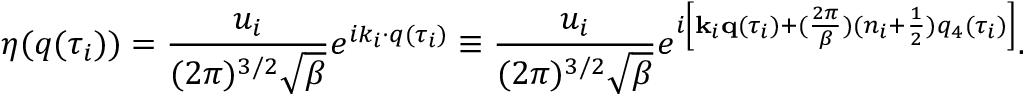
\eta ( q ( \tau _ { i } ) ) = \frac { u _ { i } } { ( 2 \pi ) ^ { 3 / 2 } \sqrt { \beta } } e ^ { i k _ { i } \cdot q ( \tau _ { i } ) } \equiv \frac { u _ { i } } { ( 2 \pi ) ^ { 3 / 2 } \sqrt { \beta } } e ^ { i \left[ { \bf k } _ { i } { \bf q } ( \tau _ { i } ) + ( \frac { 2 \pi } { \beta } ) ( n _ { i } + \frac 1 2 ) q _ { 4 } ( \tau _ { i } ) \right] } .